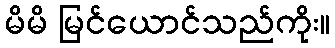
မိမိ မြင်ယောင်သည်ကိုး။